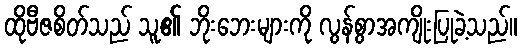
ထိုဗီဇစိတ်သည် သူ၏ ဘိုးဘေးများကို လွန်စွာအကျိုးပြုခဲ့သည်။